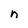
Character: n